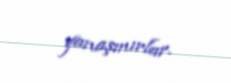
yanaşmırlar.